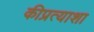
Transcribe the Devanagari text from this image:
कीप्रत्याशा